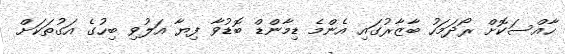
ހާއްސަކޮށް ރޯދަމަހު ބާޒާރުގައި އެންމެ ޑިމާންޑް ބޮޑުވާ ފިޔާ އަލުވި ބިހުގެ އަގުތަކަށް